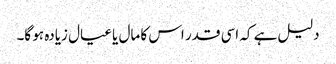
دلیل ہے کہ اسی قدر اس کا مال یا عیال زیادہ ہو گا۔